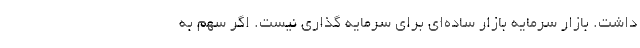
داشت. بازار سرمایه بازار ساده‌ای برای سرمایه گذاری نیست. اگر سهم به